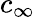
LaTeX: c_{\infty}